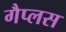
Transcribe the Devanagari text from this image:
गैप्लस